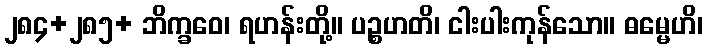
၂၈၄+၂၈၅+ ဘိက္ခဝေ၊ ရဟန်းတို့။ ပဉ္စဟတိ၊ ငါးပါးကုန်သော။ ဓမ္မေဟိ၊